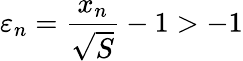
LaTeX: \varepsilon_{n}={\frac{x_{n}}{\sqrt{S}}}-1>-1